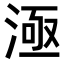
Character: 𣷉